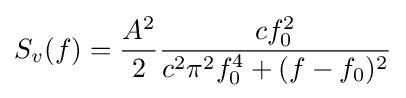
S_{v}(f)={\frac {A^{2}}{2}}{\frac {cf_{0}^{2}}{c^{2}\pi ^{2}f_{0}^{4}+(f-f_{0})^{2}}}